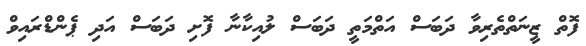
ފޮތް ޒީނަތްތެރިވާ ދަބަސް އަތްމަތީ ދަބަސް ލުއިކާނާ ފޮށި ދަބަސް އަދި ޕެންޑްރައިވް